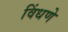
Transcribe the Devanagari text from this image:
विंधणे